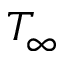
T _ { \infty }